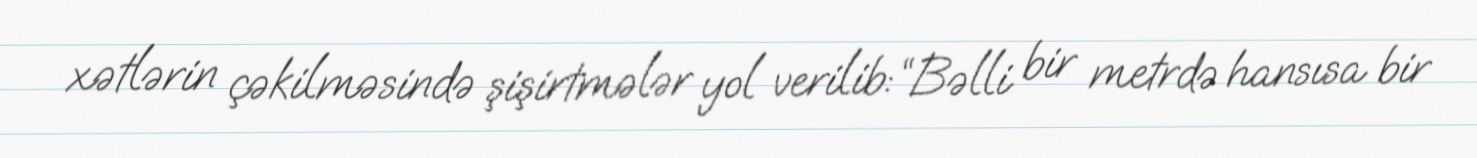
xətlərin çəkilməsində şişirtmələr yol verilib: “Bəlli bir metrdə hansısa bir